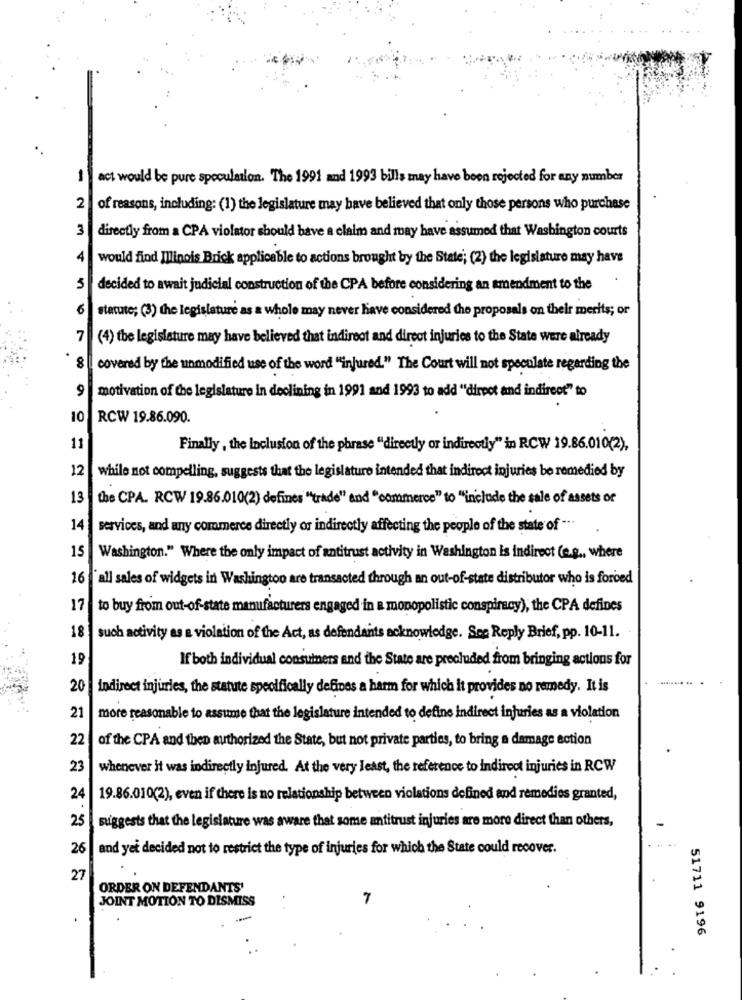
-
act would be pure speculation. The 1991 and 1993 bills may have been rejected for any number
2
of reasons, including: (1) the legislature may have believed that only those persons who purchase
3
directly from a CPA violator should have a claim and may have assumed that Washington courts
4
would find Illinois Brick applicable to actions brought by the State; (2) the legislature may have
5
decided to await judicial construction of the CPA before considering an amendment to the
6
statute; (3) the legislature as a whole may never have considered the proposals on their merits; or
7
(4) the legislature may have believed that indirect and direct injuries to the State were already
covered by the unmodified use of the word "injured." The Court will not speculate regarding the
9
motivation of the legislature in declining in 1991 and 1993 to add "'dirpot and indirect" to
10
RCW 19.86.090.
11
Finally , the Inclusion of the phrase "directly or indirectly" in RCW 19.86.010(2),
12
while not compelling, suggests that the legislature intended that indirect injuries be remedied by
13
the CPA. RCW 19.86.010(2) defines "trade" and "commerce" to "include the sale of assets of
14
services, and any commerce directly or indirectly affecting the people of the state of -..
15
Washington." Where the only impact of antitrust activity in Washington is indirect (e.g ., where
16
all sales of widgets in Washington are transacted through an out-of-state distributor who is forced
17
to buy from out-of-state manufacturers engaged in a monopolistic conspiracy), the CPA defines
18 | such activity as a violation of the Act, as defendants acknowledge. See Reply Brief, pp. 10-11.
19
If both individual consumers and the State are precluded from bringing actions for
20
indirect injuries, the statute specifically defines a harm for which it provides no remedy. It is
21
more reasonable to assume that the legislature intended to define indirect injuries as a violation
22
of the CPA and then authorized the State, but not private parties, to bring a damage ection
23
whenever it was indirectly injured. At the very least, the reference to indiroot injuries in RCW
24
19.86.010(2), even if there is no relationship between violations defined and remedies granted,
25
Biggests that the legislature was aware that some antitrust injuries are more direct than others,
26
and yet decided not to restrict the type of injuries for which the State could recover.
27
ORDER ON DEFENDANTS'
JOINT MOTION TO DISMISS
51711 9196